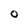
Character: 0